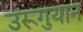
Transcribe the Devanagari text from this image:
उरूगुयान